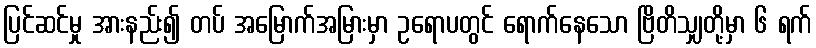
ပြင်ဆင်မှု အားနည်း၍ တပ် အမြောက်အမြားမှာ ဥရောပတွင် ရောက်နေသော ဗြိတိသျှတို့မှာ ၆ ရက်